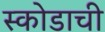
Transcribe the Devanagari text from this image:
स्कोडाची